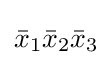
{\bar {x}}_{1}{\bar {x}}_{2}{\bar {x}}_{3}